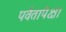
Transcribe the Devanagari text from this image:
पर्वतापेक्षा